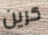
كرين